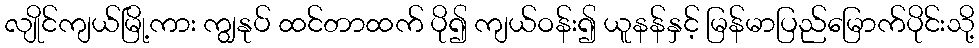
လျိုင်ကျယ်မြို့ကား ကျွနုပ် ထင်တာထက် ပို၍ ကျယ်ဝန်း၍ ယူနန်နှင့် မြန်မာပြည်မြောက်ပိုင်းသို့